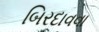
બિરદાવવા